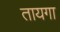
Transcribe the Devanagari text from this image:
तायगा